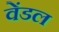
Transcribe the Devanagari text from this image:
वेंडल